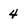
Character: 4